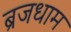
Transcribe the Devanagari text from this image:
ब्रजधाम